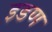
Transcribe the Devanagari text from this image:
इडण